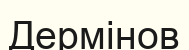
Дермінов